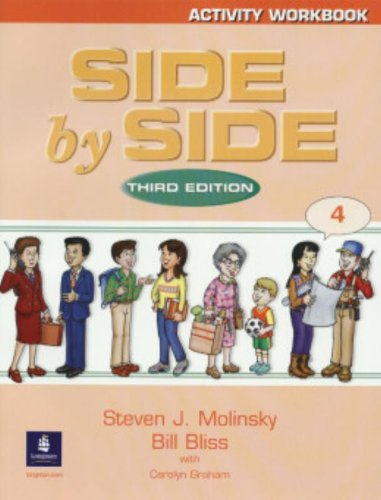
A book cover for Side by Side 4 Activity Workbook 4; Steven J. Molinsky; Test Preparation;